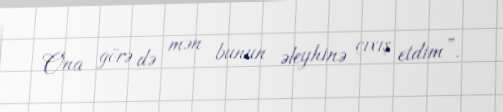
Ona görə də mən bunun əleyhinə çıxış etdim”.